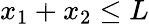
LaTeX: x_{1}+x_{2}\leq L